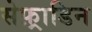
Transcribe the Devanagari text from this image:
सेफ़्राडिन